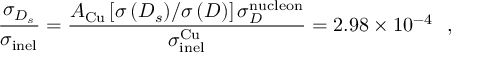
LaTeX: \frac { \sigma _ { D _ { s } } } { \sigma _ { \mathrm { \tiny i n e l } } } = \frac { A _ { \mathrm { \tiny C u } } \left[ { { \sigma \left( { D _ { s } } \right) } \mathord { \left/ { \vphantom { { \sigma \left( { D _ { s } } \right) } { \sigma \left( D \right) } } } \right. \kern - \nulldelimiterspace } { \sigma \left( D \right) } } \right] \sigma _ { D } ^ { \mathrm { \tiny n u c l e o n } } } { \sigma _ { \mathrm { \tiny i n e l } } ^ { \mathrm { \tiny C u } } } = 2 . 9 8 \times 1 0 ^ { - 4 } \ \ ,